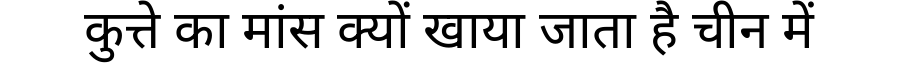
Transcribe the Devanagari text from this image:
कुत्ते का मांस क्यों खाया जाता है चीन में